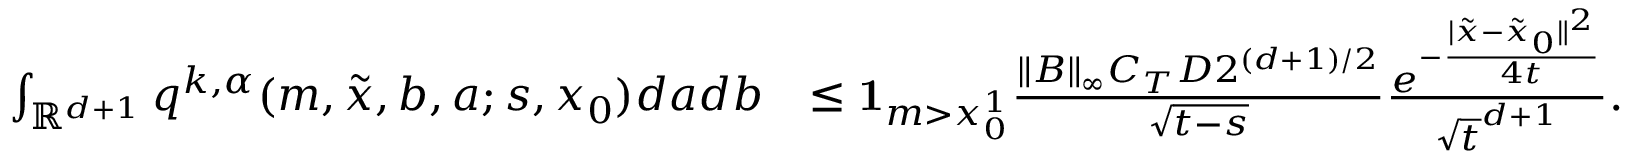
\begin{array} { r l } { \int _ { \mathbb { R } ^ { d + 1 } } q ^ { k , \alpha } ( m , \tilde { x } , b , a ; s , x _ { 0 } ) d a d b } & { \leq { \mathbf 1 } _ { m > x _ { 0 } ^ { 1 } } \frac { \| B \| _ { \infty } C _ { T } D 2 ^ { ( d + 1 ) / 2 } } { \sqrt { t - s } } \frac { e ^ { - \frac { | \tilde { x } - \tilde { x } _ { 0 } \| ^ { 2 } } { 4 t } } } { \sqrt { t } ^ { d + 1 } } . } \end{array}